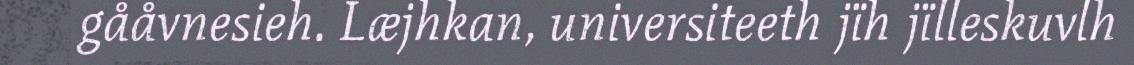
gååvnesieh. Læjhkan, universiteeth jïh jïlleskuvlh